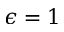
\epsilon = 1